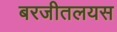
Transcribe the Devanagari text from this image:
बरजीतलयस